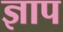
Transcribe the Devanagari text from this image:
ज्ञाप